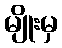
မျိုးမှ